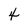
Character: 4